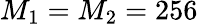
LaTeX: M_{1}=M_{2}=256